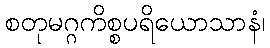
စတုမဂ္ဂကိစ္စပရိယောသာနံ၊